Lunatic asylums in Bengal annual reports 1912-1924 - 1912-1924
Year: 1912
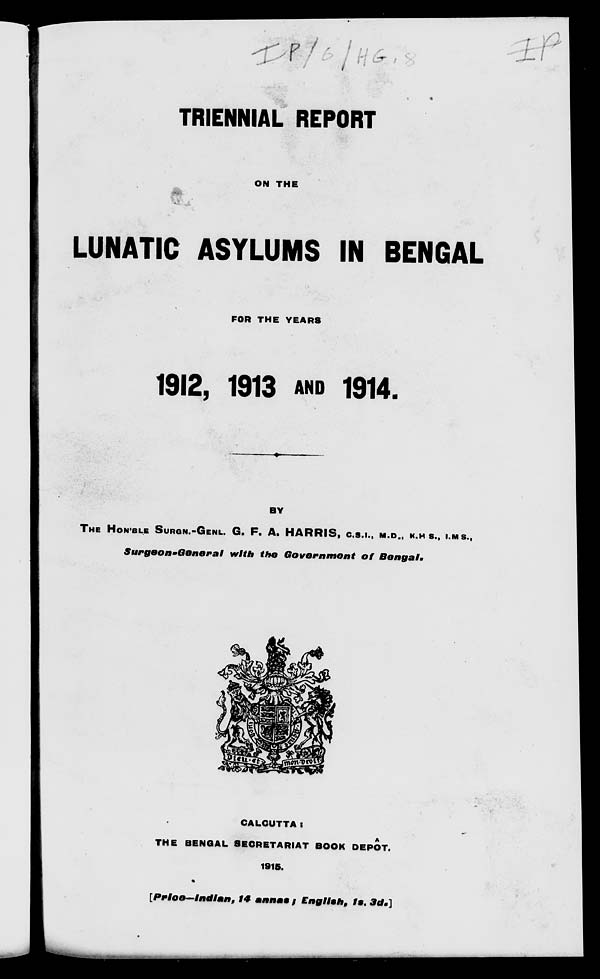
TRIENNIAL REPORT
ON THE
LUNATIC ASYLUMS IN BENGAL
FOR THE YEARS
1912, 1913 AND 1914.
BY
THE HON'BLE SURGN.-GENL. G. F. A. HARRIS, C.S.I., M.D., K.H.S., I.M.S.,
Surgeon-General
with the Government
of
Bengal.
CALCUTTA
:
THE BENGAL SECRETARIAT BOOK DEPÔT.
1915.
[Price—Indian, 14 annas, English, 1s. 3d.]